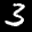
Label: 3